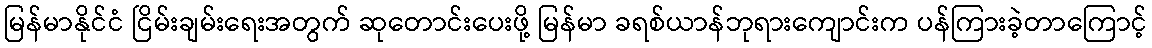
မြန်မာနိုင်ငံ ငြိမ်းချမ်းရေးအတွက် ဆုတောင်းပေးဖို့ မြန်မာ ခရစ်ယာန်ဘုရားကျောင်းက ပန်ကြားခဲ့တာကြောင့်